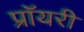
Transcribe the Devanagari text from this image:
प्रॉयरी